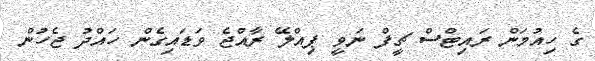
ގެ ހިއުމަން ރައިޓްސް ޗީފް ނަވީ ޕިއްލޭ ރާއްޖެ ވަޑައިގެން ހައްދު ޖެހުން